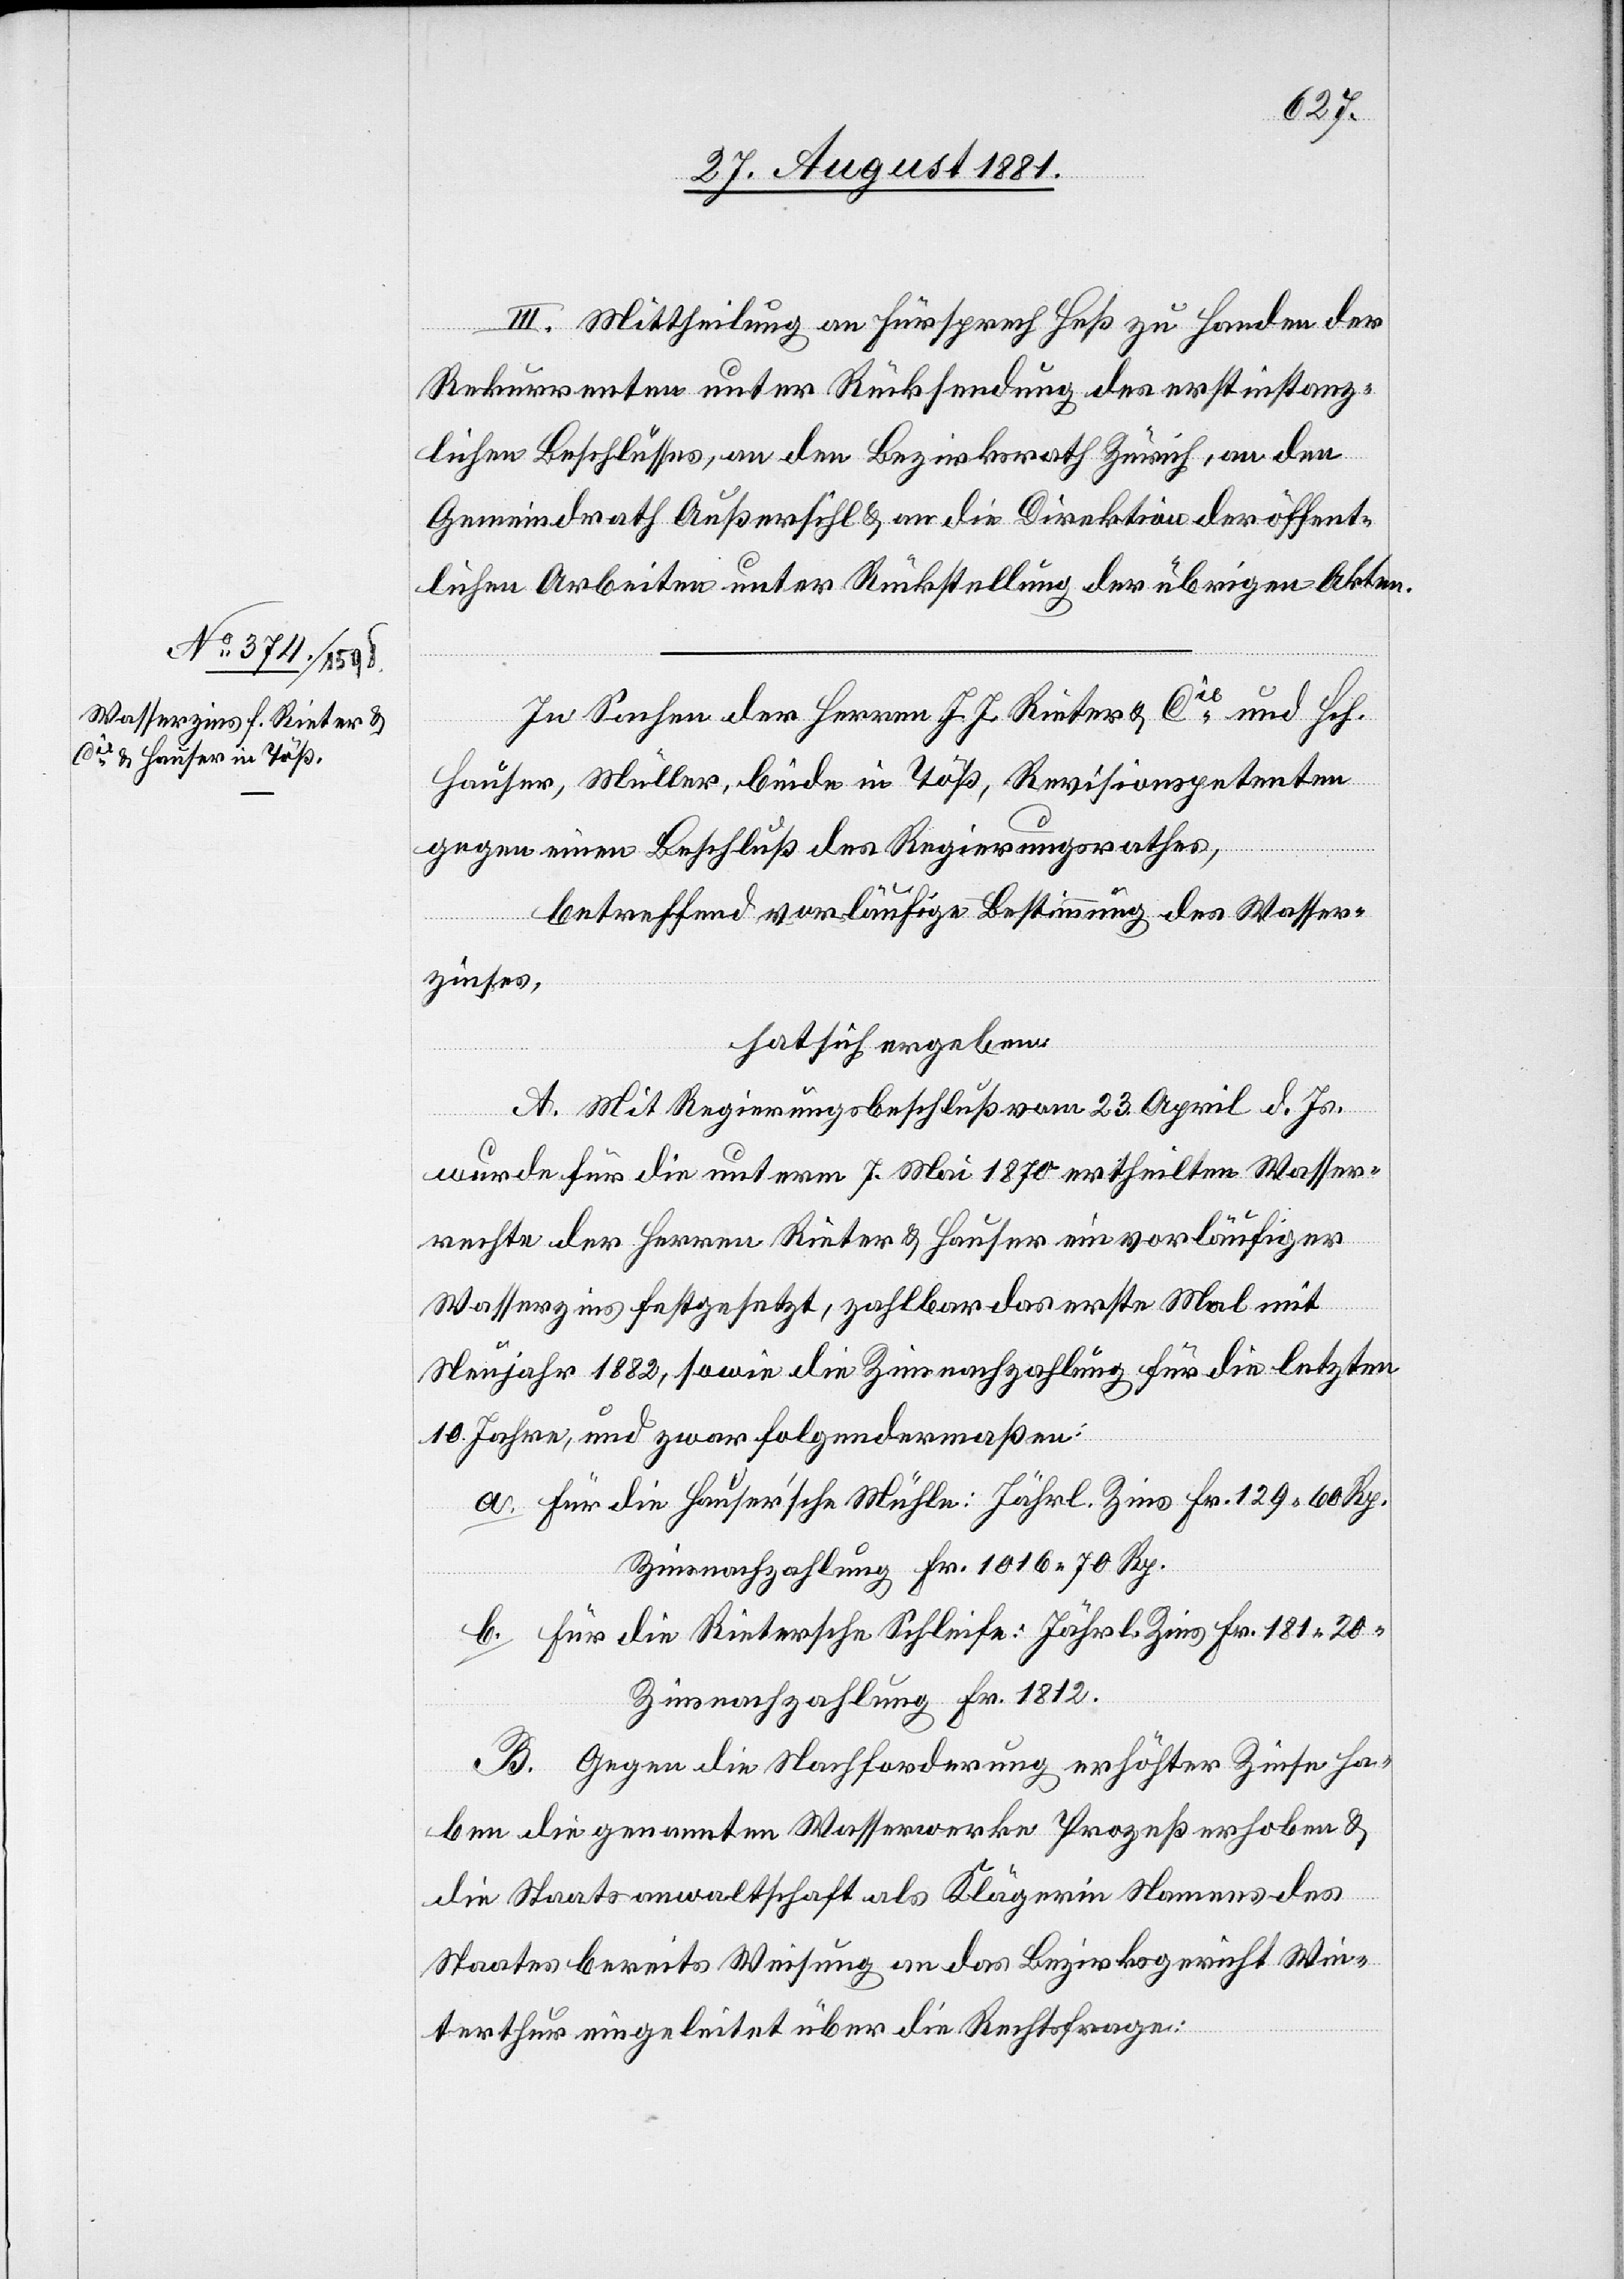
III. Mittheilung an Fürsprech Heß zu Handen der
Rekurrenten unter Rücksendung der erstinstanz¬
lichen Beschlüsse, an den Bezirksrath Zürich, an den
Gemeindrath Außersihl & an die Direktion der öffent¬
lichen Arbeiten unter Rückstellung der übrigen Akten.
In Sachen der Herren J. J. Rieter & Cie und Hch.
Hauser, Müller, beide in Töß, Revisionspetenten
gegen einen Beschluß des Regierungsrathes,
betreffend vorläufige Bestimmung des Wasser¬
zinses,
hat sich ergeben:
A. Mit Regierungsbeschluß vom 23. April d. Js.
wurde für die unterm 7. Mai 1870 ertheilten Wasser¬
rechte der Herren Rieter & Hauser ein vorläufiger
Wasserzins festgesetzt, zahlbar das erste Mal mit
Neujahr 1882, sowie die Zinsnachzahlung für die letzten
10 Jahre, und zwar folgendermaßen:
a. Für die Hauser’sche Mühle: Jährl. Zins Fr. 129 60 Rp.
Zinszahlung Fr. 1016 70 Rp.
b. Für die Rietersche Schleife: Jährl. Zins Fr. 181 20
Zinszahlung Fr. 1812.
B. Gegen die Nachforderung erhöhter Zinse ha¬
ben die genannten Wasserwerke Prozeß erhoben &
die Staatsanwaltschaft als Klägerin Namens des
Staates bereits Weisung an das Bezirksgericht Win¬
terthur eingeleitet über die Rechtsfrage: